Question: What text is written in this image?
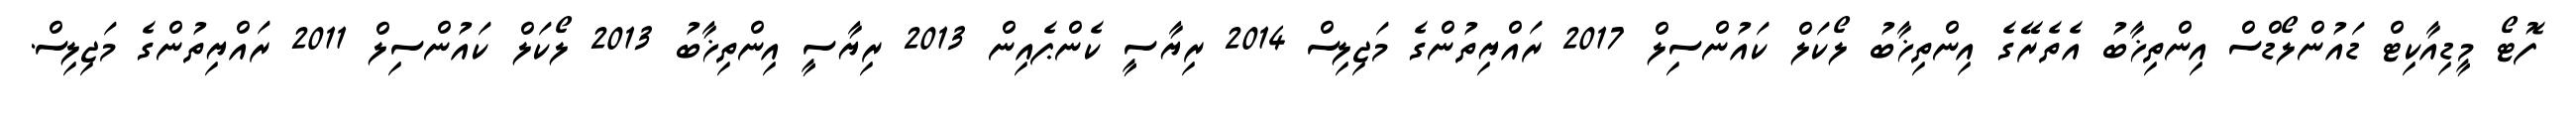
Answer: ފޮޓޯ މީޑިއާކިޓް ޑައުންލޯޑްސް އިންތިޚާބު އެތެރޭގެ އިންތިޚާބު ލޯކަލް ކައުންސިލް 2017 ރައްޔިތުންގެ މަޖިލިސް 2014 ރިޔާސީ ކެންޕެއިން 2013 ރިޔާސީ އިންތިޚާބު 2013 ލޯކަލް ކައުންސިލް 2011 ރައްޔިތުންގެ މަޖިލިސް.